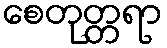
စေတုတ္တရာ